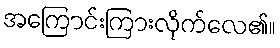
အကြောင်းကြားလိုက်လေ၏။